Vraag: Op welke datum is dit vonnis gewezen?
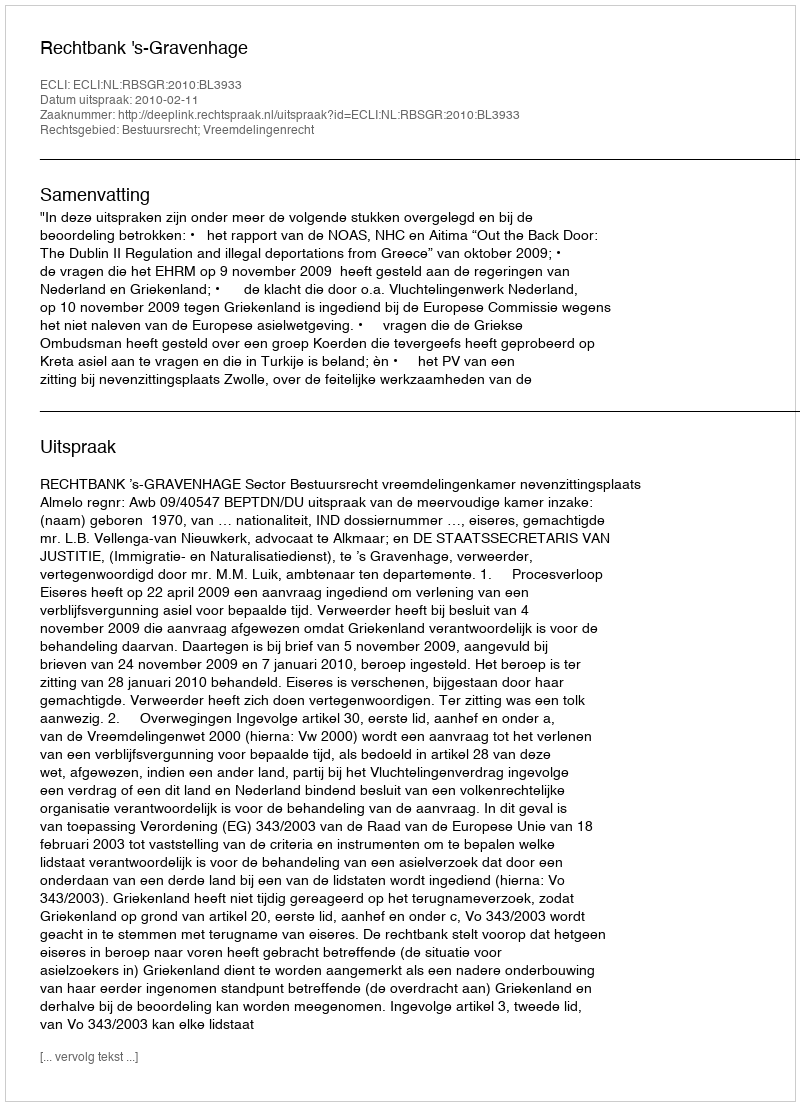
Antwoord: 2010-02-11